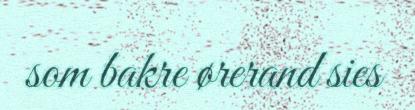
som bakre ørerand sies